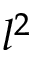
l ^ { 2 }